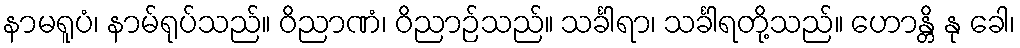
နာမရူပံ၊ နာမ်ရုပ်သည်။ ဝိညာဏံ၊ ဝိညာဉ်သည်။ သင်္ခါရာ၊ သင်္ခါရတို့သည်။ ဟောန္တိ နု ခေါ၊